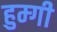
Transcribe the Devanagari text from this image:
हुम्गी